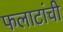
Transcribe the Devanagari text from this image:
फलाटांची